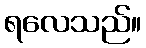
ရလေသည်။